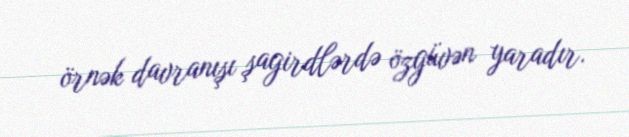
örnək davranışı şagirdlərdə özgüvən yaradır.